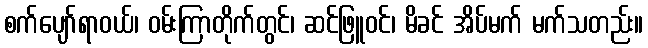
စက်ပျော်ရာဝယ်၊ ဝမ်းကြာတိုက်တွင်၊ ဆင်ဖြူဝင်၊ မိခင် အိပ်မက် မက်သတည်း။